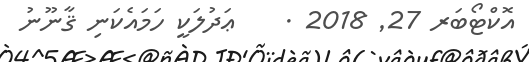
އޮކްޓޯބަރ 27